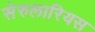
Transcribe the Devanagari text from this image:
सेरुलारियस